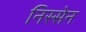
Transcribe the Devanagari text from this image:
निस्सेन